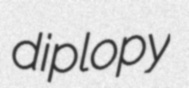
diplopy